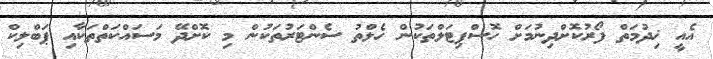
އެއީ ޚިދުމަތް ފޯރުކޮށްދިނުމަށް ހޮސްޕިޓަލްތަކުން ހެލްތު ސެންޓަރުތަކުން މި ކޮށްދޭ މަސައްކަތްތަކާއި ޕަބްލިކް